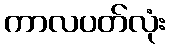
ကာလပတ်လုံး